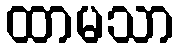
ထာမသာ